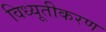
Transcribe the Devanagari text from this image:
विध्यूतीकरण